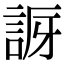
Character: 𧧝